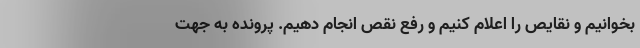
بخوانیم و نقایص را اعلام کنیم و رفع نقص انجام دهیم. پرونده به جهت